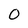
Character: 0